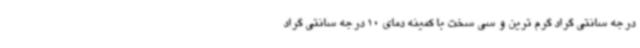
درجه سانتی گراد گرم ترین و سی سخت با کمینه دمای 10 درجه سانتی گراد